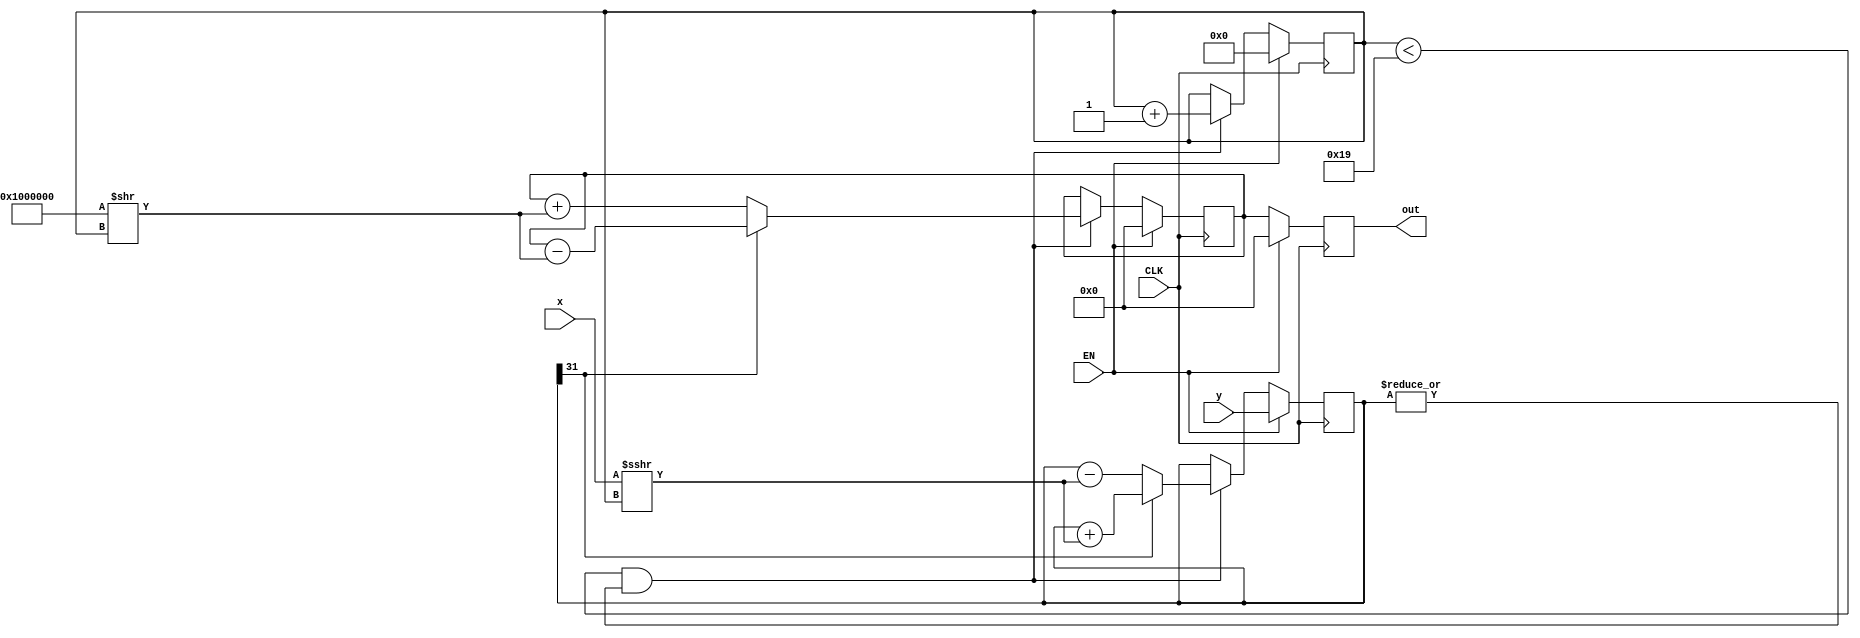
module cordicdiv(CLK, EN, y, x, out);
    parameter FLOAT_SIZE = 24;
    parameter INT_SIZE = 8;

    input wire CLK;
    input wire EN;
    input wire signed [INT_SIZE-1:-FLOAT_SIZE] y;
    input wire signed [INT_SIZE-1:-FLOAT_SIZE] x;
    output reg signed [INT_SIZE-1:-FLOAT_SIZE] out;

    parameter MAX_ITERATION = FLOAT_SIZE+1;
    reg signed [INT_SIZE-1:-FLOAT_SIZE] y_;
    reg signed [INT_SIZE-1:-FLOAT_SIZE] z_;
    reg [4:0] i;
    always @(posedge CLK)
    begin
        if (EN) //  Like Reset
        begin
            out <= 32'h00_000000;
            z_ <= 32'h00_000000;
            y_ <= y;
            i <= 5'b0000;
        end
        else
        begin
            if (i < MAX_ITERATION && |y_)
            begin
                y_ <= y_[INT_SIZE-1] ? y_ + (x >>> i) : y_ - (x >>> i);
                z_ <= y_[INT_SIZE-1] ? z_ - $signed(32'h01_000000 >> i) : z_ + $signed(32'h01_000000 >> i);
                i <= i + 1;
            end
            out <= z_;
        end   
    end
endmodule